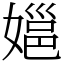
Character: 㜉